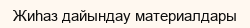
Жиһаз дайындау материалдары